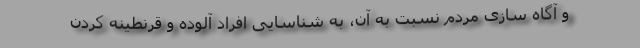
و آگاه سازی مردم نسبت به آن، به شناسایی افراد آلوده و قرنطینه کردن